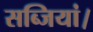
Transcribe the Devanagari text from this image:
सब्जियां।